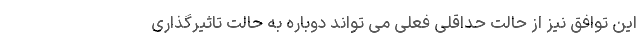
این توافق نیز از حالت حداقلی فعلی می تواند دوباره به حالت تاثیرگذاری